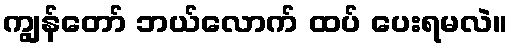
ကျွန်တော် ဘယ်လောက် ထပ် ပေးရမလဲ။